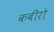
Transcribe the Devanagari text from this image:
कबीरो